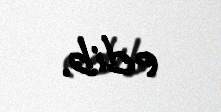
edib.